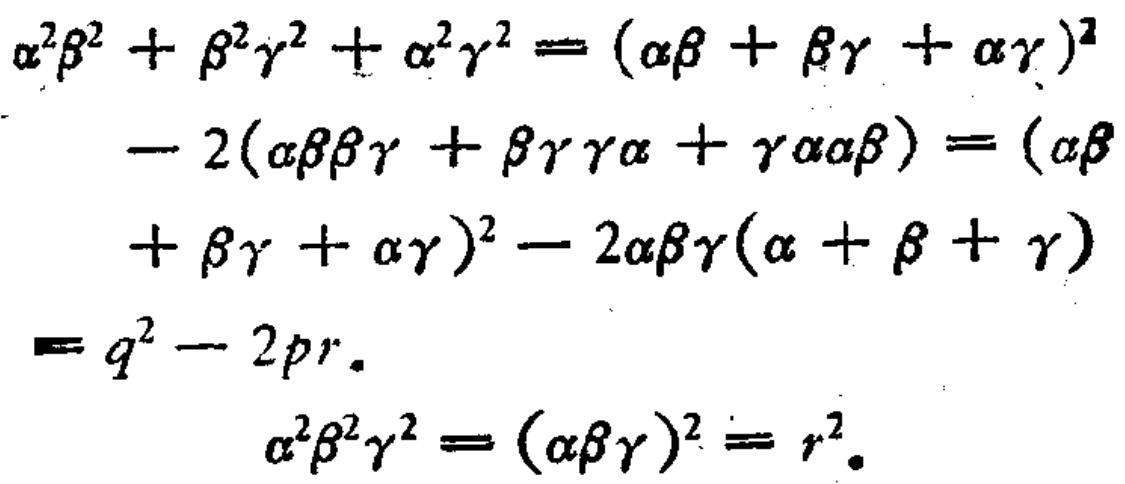
\[
\begin{align*}
\alpha^{2}\beta^{2}+\beta^{2}\gamma^{2}+\alpha^{2}\gamma^{2}&= (\alpha\beta+\beta\gamma+\alpha\gamma)^{2}\\
-2(\alpha\beta\beta\gamma+\beta\gamma\gamma\alpha+\gamma\alpha\alpha\beta)&= (\alpha\beta\\
+\beta\gamma+\alpha\gamma)^{2}-2\alpha\beta\gamma(\alpha + \beta+\gamma)\\
&=q^{2}-2pr.\\
\alpha^{2}\beta^{2}\gamma^{2}&= (\alpha\beta\gamma)^{2}=r^{2}.
\end{align*}
\]